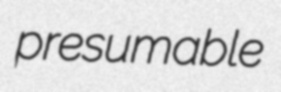
presumable